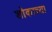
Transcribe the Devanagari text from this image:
शोकाच्या